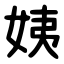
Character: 姨